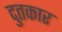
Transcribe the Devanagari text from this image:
दुतकार